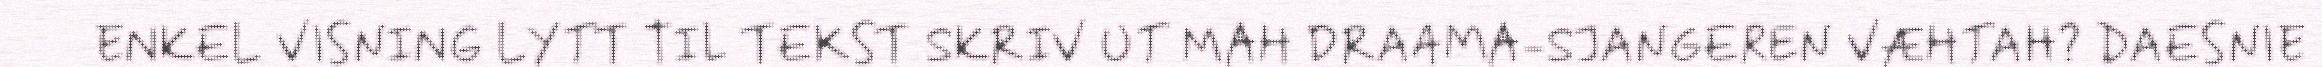
ENKEL VISNING LYTT TIL TEKST SKRIV UT MAH DRAAMA-SJANGEREN VÆHTAH? DAESNIE